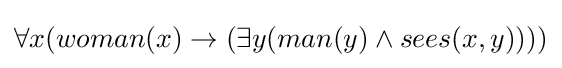
\forall x(woman(x)\rightarrow (\exists y(man(y)\wedge sees(x,y))))